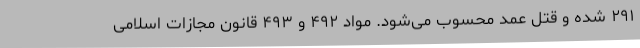
۲۹۱ شده و قتل عمد محسوب می‌شود. مواد ۴۹۲ و ۴۹۳ قانون مجازات اسلامی